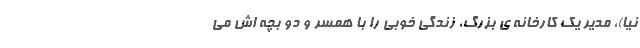
نيا)، مدير يک کارخانه ي بزرگ، زندگي خوبي را با همسر و دو بچه اش مي